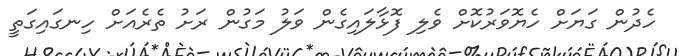
ހެދުން ގަޔަށް ހެޔޮވަރުކޮށް ވެލި ފޮޅާލައިގެން ވަލު މަގުން ރަށު ތެރެއަށް ހިނގައިގަތީ